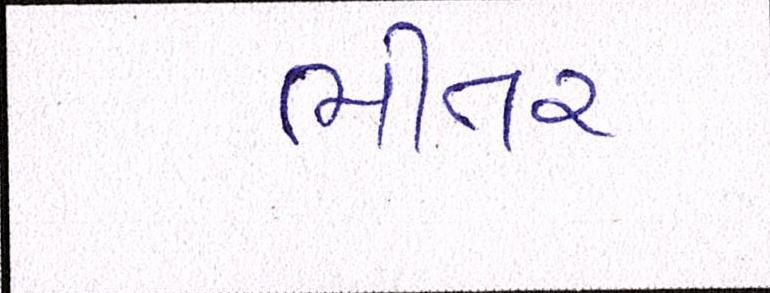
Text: ભીતર